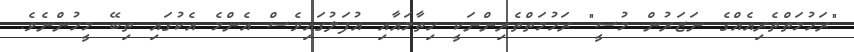
"ރަހުމަތްތެރިއެއްގެ ނަޒަރުން މުސީ" ރަހުމަތްތެރިންނަކީ ހިތާމައާއި އުފަލުގައިވެސް އެންމެ އެކުގައި ތިބޭ މީހުންނެވެ.